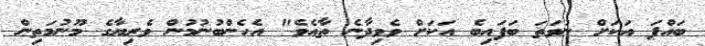
ބައްޕަ އަކަށް ނުވަތަ ބަފައިބެ އަކަށް ވެވިދާނެ ތާއެވެ" އެހެންބުނުމުން ވެރިޔާގެ މޫނުމަތިން